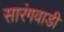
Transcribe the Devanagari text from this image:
सारंगवाडी